Plague in India, 1896, 1897 - Volume 2
Year: 1896
Disease focus: Plague
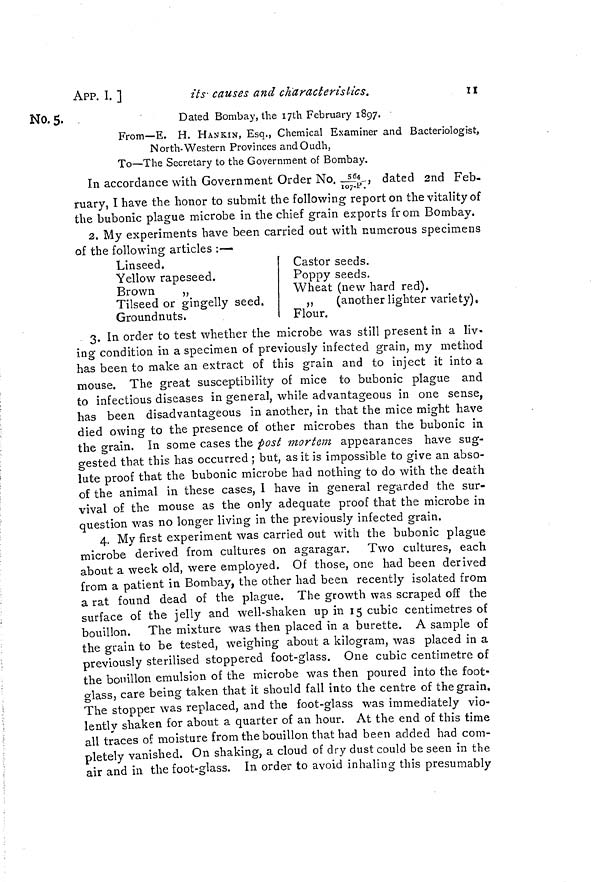
II
APP. I. ]
its causes and characteristics.
No.5.
Dated Bombay, the 17th February 1897.
From—E. H. HANKIN, Esq., Chemical Examiner and Bacteriologist,
North-Western Provinces and Oudh,
To—The Secretary to the Government of Bombay.
In accordance with Government Order No. 564/107-9, dated 2nd Feb-
ruary, I have the honor to submit the following report on the vitality of
the bubonic plague microbe in the chief grain exports from Bombay.
2. My experiments have been carried out with numerous specimens
of the following articles :—
Linseed.
Yellow rapeseed.
Brown
„
Tilseed or gingelly seed.
Groundnuts.
Castor seeds.
Poppy seeds.
Wheat (new hard red). /
,,
(another lighter variety),
Flour.
3. In order to test whether the microbe was still present in a liv-
ing condition in a specimen of previously infected grain, my method
has been to make an extract of this grain and to inject it into a
mouse. The great susceptibility of mice to bubonic plague and
to infectious diseases in general, while advantageous in one sense,
has been disadvantageous in another, in that the mice might have
died owing to the presence of other microbes than the bubonic in
the grain. In some cases the post mortem appearances have sug-
gested that this has occurred ; but, as it is impossible to give an abso-
lute proof that the bubonic microbe had nothing to do with the death
of the animal in these cases, I have in general regarded the sur-
vival of the mouse as the only adequate proof that the microbe in
question was no longer living in the previously infected grain.
4. My first experiment was carried out with the bubonic plague
microbe derived from cultures on agaragar. Two cultures, each
about a week old, were employed. Of those, one had been derived
from a patient in Bombay, the other had been recently isolated from
a rat found dead of the plague. The growth was scraped off the
surface of the jelly and well-shaken up in 15 cubic centimetres of
bouillon. The mixture was then placed in a burette. A sample of
the grain to be tested, weighing about a kilogram, was placed in a
previously sterilised stoppered foot-glass. One cubic centimetre of
the bouillon emulsion of the microbe was then poured into the foot-
glass, care being taken that it should fall into the centre of the grain.
The stopper was replaced, and the foot-glass was immediately vio-
lently shaken for about a quarter of an hour. At the end of this time
all traces of moisture from the bouillon that had been added had com-
pletely vanished. On shaking, a cloud of dry dust could be seen in the
air and in the foot-glass. In order to avoid inhaling this presumably